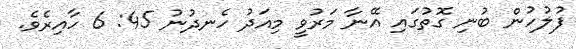
ފުލުހުން ބުނި ގޮތުގައި އޭނާ މަރުވީ މިއަދު ހެނދުނު 45: 6 ހާއިރެވެ.